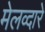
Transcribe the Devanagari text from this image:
मेलव्दारे